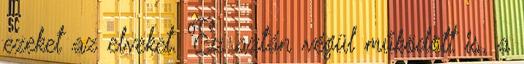
ezeket az elveket. Ez aztán végül működött is, a